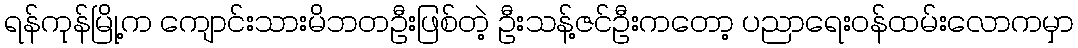
ရန်ကုန်မြို့က ကျောင်းသားမိဘတဦးဖြစ်တဲ့ ဦးသန့်ဇင်ဦးကတော့ ပညာရေးဝန်ထမ်းလောကမှာ